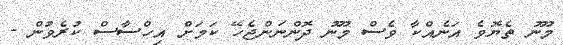
މޫނު ތެޔޮވެ އަނެއްކާ ވެސް މޫނު ދޮންނަންޖެހޭ ކަމަށް އިހްސާސް ކުރެވުން -